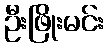
ဦးဖြိုးမင်း